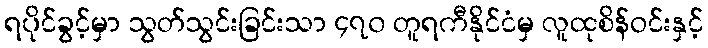
ရပိုင်ခွင့်မှာ သွတ်သွင်းခြင်းသာ ၄၇၀ တူရကီနိုင်ငံမှ လူထုစိန်ဝင်းနှင့်